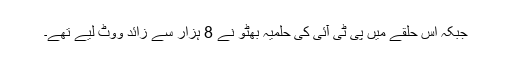
جبکہ اس حلقے میں پی ٹی آئی کی حلمیہ بھٹو نے 8 ہزار سے زائد ووٹ لیے تھے۔